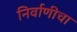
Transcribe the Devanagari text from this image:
निर्वाणीचा